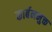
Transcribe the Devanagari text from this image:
कार्बनमुक्त